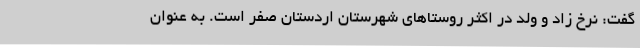
گفت: نرخ زاد و ولد در اکثر روستاهای شهرستان اردستان صفر است. به عنوان